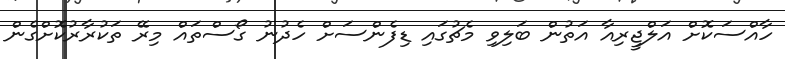
ހާއްސަކޮށް އަލްޖީރިއާ އަތުން ބަލިވި މެޗުގައި ޑިފެންސަށް ހެދުނު ގޯސްތައް މިރޭ ތަކުރާރުކޮށްގެން